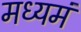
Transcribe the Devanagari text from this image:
मध्यमं